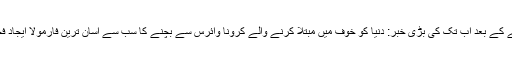
اداکارہ ثوبیہ خان نے پیشگوئی کر دی چین میں تباہی پھیلانے کے بعد اب تک کی بڑی خبر: دنیا کو خوف میں مبتلا کرنے والے کرونا وائرس سے بچنے کا سب سے آسان ترین فارمولا ایجاد فحش تصویریں لینے سے انکار کرنیوالا موبائل فون متعارف!